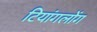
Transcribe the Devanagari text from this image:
टियांगलोंग